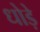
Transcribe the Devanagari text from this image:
धोड़े